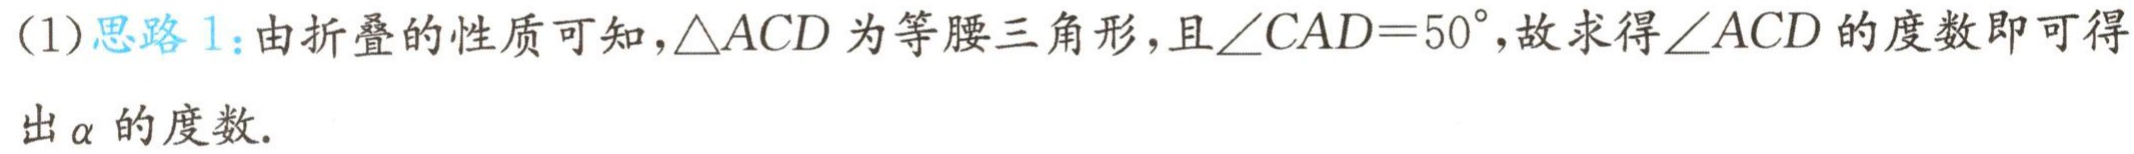
(1)思路1：由折叠的性质可知，$\triangle ACD$为等腰三角形，且$\angle CAD = 50^{\circ}$，故求得$\angle ACD$的度数即可得出$\alpha$的度数.